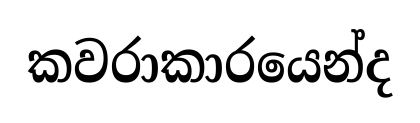
කවරාකාරයෙන්ද